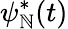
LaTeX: \psi_{\mathbb{N}}^{*}(t)